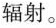
辐射。